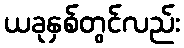
ယခုနှစ်တွင်လည်း